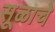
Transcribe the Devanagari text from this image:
सूळाचे